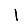
Digit: 1